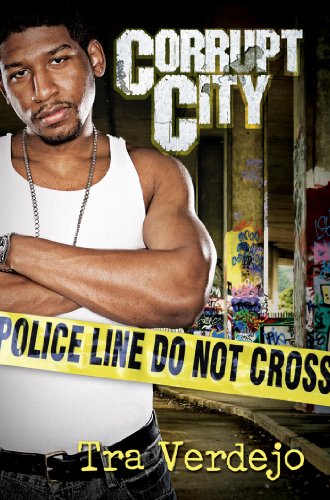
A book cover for Corrupt City (Urban Books); Tra Verdejo; Literature & Fiction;